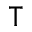
\intercal